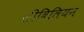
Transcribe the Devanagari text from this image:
सीविलियन